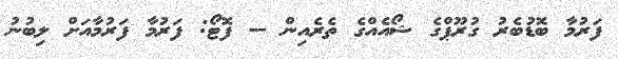
ފަރުމާ ބޮޑުބެރު ގުރޫޕްގެ ޝޯއެއްގެ ތެރެއިން -- ފޮޓޯ: ފަރުމާ ފަރުމާއަށް ލިބުނު